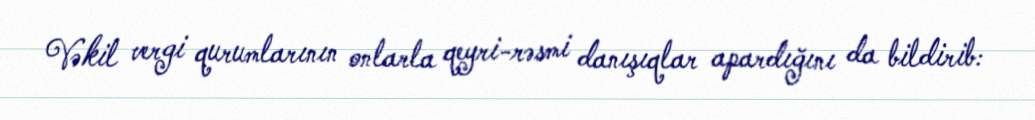
Vəkil vergi qurumlarının onlarla qeyri-rəsmi danışıqlar apardığını da bildirib: